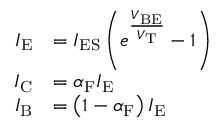
{ \begin{array} { r l } { I _ { \mathrm { E } } } & { = I _ { \mathrm { E S } } \left( e ^ { \frac { V _ { \mathrm { B E } } } { V _ { \mathrm { T } } } } - 1 \right) } \\ { I _ { \mathrm { C } } } & { = \alpha _ { \mathrm { F } } I _ { \mathrm { E } } } \\ { I _ { \mathrm { B } } } & { = \left( 1 - \alpha _ { \mathrm { F } } \right) I _ { \mathrm { E } } } \end{array} }